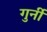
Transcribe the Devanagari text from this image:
गुर्नी